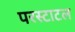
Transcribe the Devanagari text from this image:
परस्टाटल